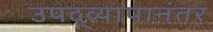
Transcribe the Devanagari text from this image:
उपद्व्यापानंतर